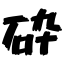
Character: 砕